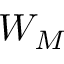
W _ { M }